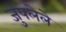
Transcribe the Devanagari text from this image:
जुंपलेले